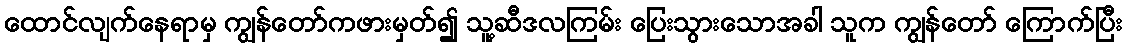
ထောင်လျက်နေရာမှ ကျွန်တော်ကဖားမှတ်၍ သူ့ဆီဒလကြမ်း ပြေးသွားသောအခါ သူက ကျွန်တော် ကြောက်ပြီး